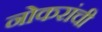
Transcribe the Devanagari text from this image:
नोकरांची